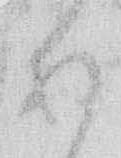
あ